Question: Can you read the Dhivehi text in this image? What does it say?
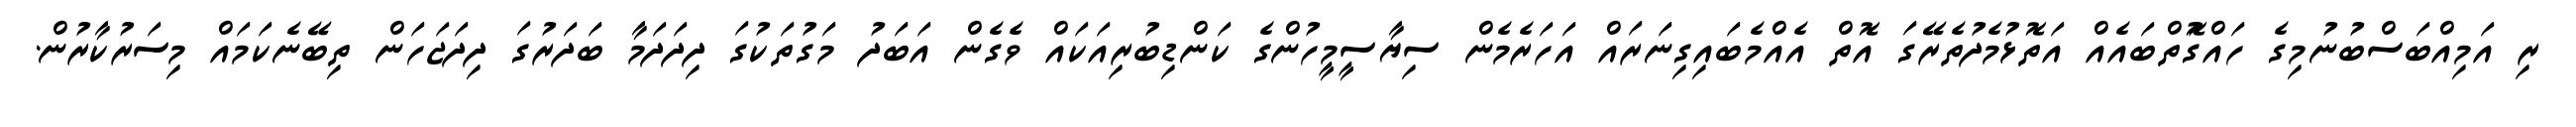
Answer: ރި އަމިއްބަސްބުނުމިގެ ހައްގުޮތްބައެއް އަތޮޅުމެދުތެރޭގަ އޮތް އެއްމެބައިގިނަރައް އަހަރެމެން ސިޔާސީމީހުންގެ ކަންޑިބުރިއަކައް ވެގެން އަބަދު މަގުތަކުގަ ދިދަދަމާ ބަދަރުގަ ދިދަޖަހަން ތިބޭނެކަމައް މިސަރުކާރުން.